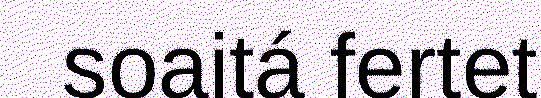
soaitá fertet